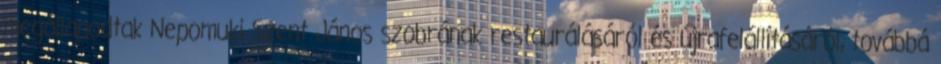
megállapodtak Nepomuki Szent János szobrának restaurálásáról és újrafelállításáról, továbbá